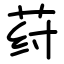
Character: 荮